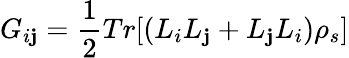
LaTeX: G_{i\mathbf{j}}=\frac{{1}}{{2}}Tr[(L_{i}L_{\mathbf{j}}+L_{\mathbf{j}}L_{i})\rho_{s}]